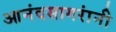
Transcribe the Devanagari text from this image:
आनंदसागरांनी